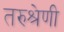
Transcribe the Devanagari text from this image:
तरुश्रेणी